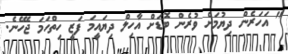
" އަހަރެން ދިޔުމަށް ވުރެން ބޮޑަށް އާހިލް ދިޔައީމަ ފަޒީ ހިތްހަމަ ޖެހޭނެ.